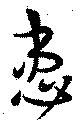
患